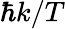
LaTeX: \hbar k/T